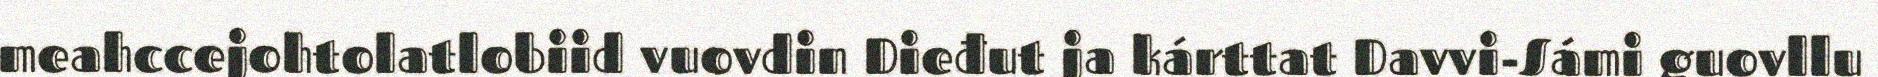
meahccejohtolatlobiid vuovdin Dieđut ja kárttat Davvi-Sámi guovllu